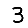
Digit: 3